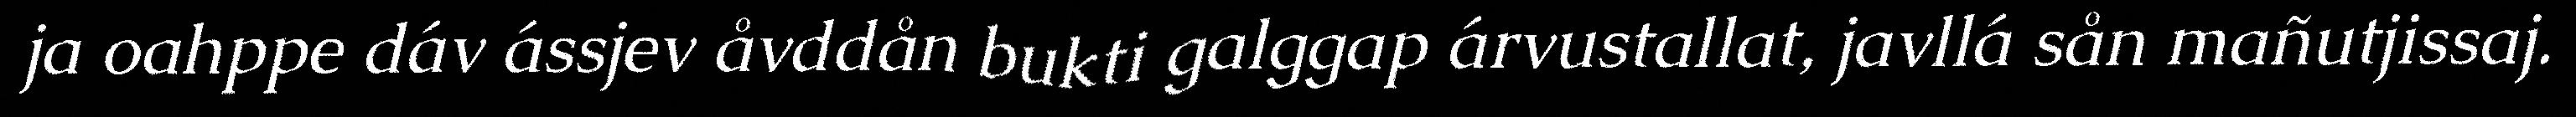
ja oahppe dáv ássjev åvddån bukti galggap árvustallat, javllá sån mañutjissaj.